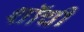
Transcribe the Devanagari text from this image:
शॉची